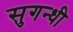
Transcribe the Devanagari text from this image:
सुगन्धी